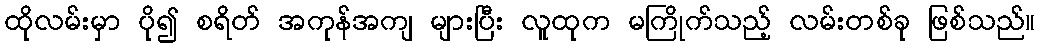
ထိုလမ်းမှာ ပို၍ စရိတ် အကုန်အကျ များပြီး လူထုက မကြိုက်သည့် လမ်းတစ်ခု ဖြစ်သည်။